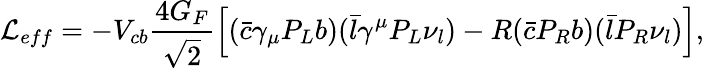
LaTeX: {\cal L}_{eff}=-V_{cb}\frac{4G_{F}}{\sqrt{2}}\left[(\bar{c}\gamma_{\mu}P_{L}b)(\bar{l}\gamma^{\mu}P_{L}\nu_{l})-R(\bar{c}P_{R}b)(\bar{l}P_{R}\nu_{l})\right],